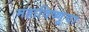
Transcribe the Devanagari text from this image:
महाविष्णूचा